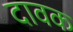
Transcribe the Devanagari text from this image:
दावक